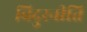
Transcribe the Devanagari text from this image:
विदुरनीति